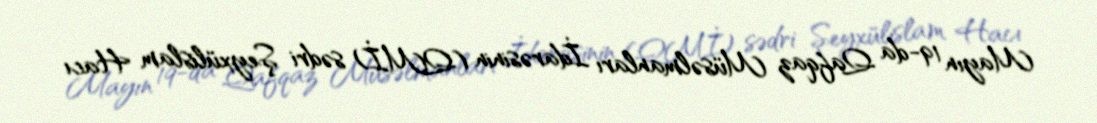
Mayın 19-da Qafqaz Müsəlmanları İdarəsinin (QMİ) sədri Şeyxülislam Hacı